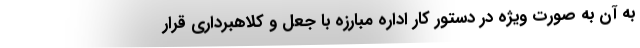
به آن به صورت ویژه در دستور کار اداره مبارزه با جعل و کلاهبرداری قرار